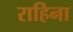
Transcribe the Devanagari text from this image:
राहिना